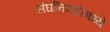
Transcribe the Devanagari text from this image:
संघनिवडीमध्ये